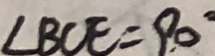
\angle B C E = 9 0 ^ { \circ }